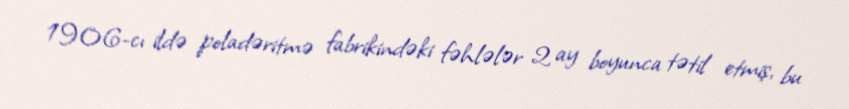
1906-cı ildə poladəritmə fabrikindəki fəhlələr 2 ay boyunca tətil etmiş, bu